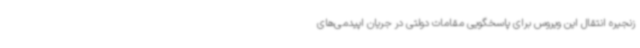
زنجیره انتقال این ویروس برای پاسخگویی مقامات دولتی در جریان اپیدمی‌های